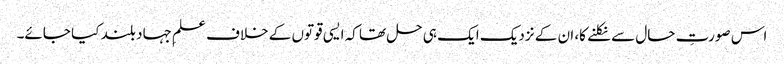
اس صورتِ حال سے نکلنے کا، ان کے نزدیک ایک ہی حل تھا کہ ایسی قوتوں کے خلاف علمِ جہاد بلند کیا جائے۔